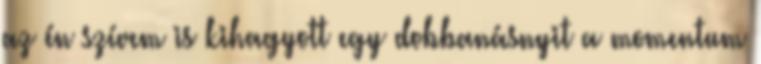
az én szívem is kihagyott egy dobbanásnyit a momentum